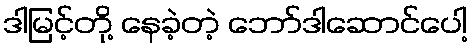
ဒါမြင့်တို့ နေခဲ့တဲ့ ဘော်ဒါဆောင်ပေါ့